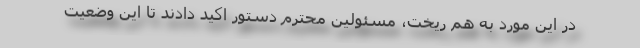
در این مورد به هم ریخت، مسئولین محترم دستور اکید دادند تا این وضعیت